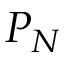
P _ { N }